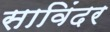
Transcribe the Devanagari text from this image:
साविंदर